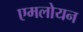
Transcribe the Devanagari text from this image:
एमलोयन